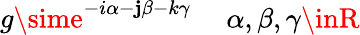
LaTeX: g\sime^{-i\alpha-\mathbf{j}\beta-k\gamma}\ \ \ \ \ \alpha,\beta,\gamma\inR